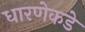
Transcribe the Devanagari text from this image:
धारणेकडे